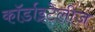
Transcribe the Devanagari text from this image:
कॉर्डाइटेलीज